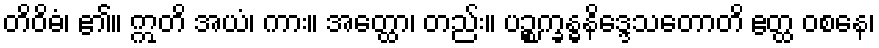
တိဝိဓံ၊ ၏။ ဣတိ အယံ၊ ကား။ အတ္ထော၊ တည်း။ ပဉ္စက္ခန္ဓနိဒ္ဒေသတောတိ ဧတ္ထ ဝစနေ၊